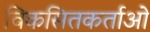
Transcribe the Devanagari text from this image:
विकसितकर्ताओं